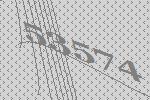
53574